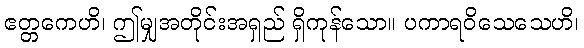
ဧတ္တကေဟိ၊ ဤမျှအတိုင်းအရှည် ရှိကုန်သော။ ပကာရဝိသေသေဟိ၊